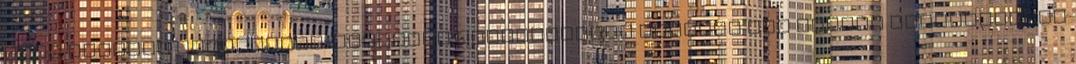
azok kerülni igyekeztek. Előzetes reményeikkel szemben nem tudtak megsemmisítő